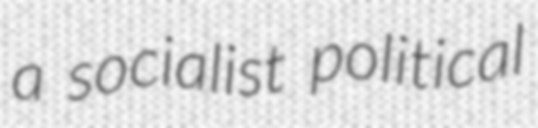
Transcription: a socialist political